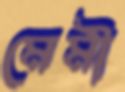
মেমী